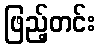
ဖြည့်တင်း